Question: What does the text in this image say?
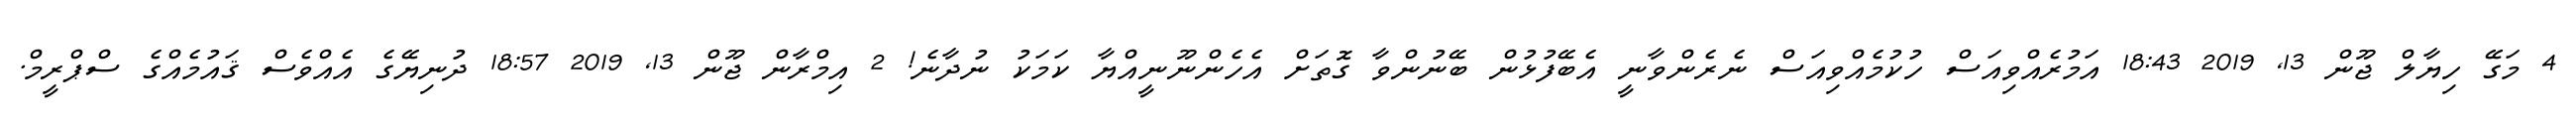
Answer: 4 މަގޭ ހިޔާލް ޖޫން 13, 2019 18:43 އަމުރެއްވިއަސް ހުކުމެއްވިއަސް ނެރެންވާނީ އެބޭފުޅުން ބޭނުންވާ ގޮތަށް އެހެންނޫނީއްޔާ ކަމަކު ނުދާނެ! 2 އިމްރާން ޖޫން 13, 2019 18:57 ދުނިޔޭގެ އެއްވެސް ޤައުމެއްގެ ސްޕްރީމް.